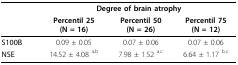
<table><thead><tr><td></td><td colspan="3"><b>Degree of brain atrophy</b></td></tr><tr><td></td><td><b>Percentil 25(N = 16)</b></td><td><b>Percentil 50(N = 26)</b></td><td><b>Percentil 75(N = 12)</b></td></tr></thead><tbody><tr><td><b>S100B</b></td><td>0.09 ± 0.05</td><td>0.07 ± 0.06</td><td>0.07 ± 0.06</td></tr><tr><td><b>NSE</b></td><td>14.52 ± 4.08 <sup>a,b</sup></td><td>7.98 ± 1.52 <sup>a,c</sup></td><td>6.64 ± 1.17 <sup>b,c</sup></td></tr></tbody></table>